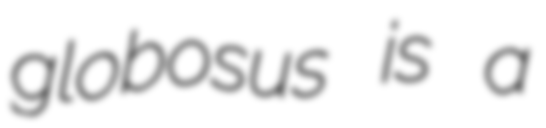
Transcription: globosus is a